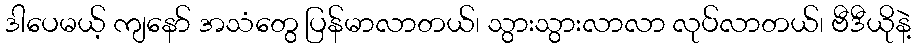
ဒါပေမယ့် ကျနော် အသံတွေ ပြန်မာလာတယ်၊ သွားသွားလာလာ လုပ်လာတယ်၊ ဗီဒီယိုနဲ့